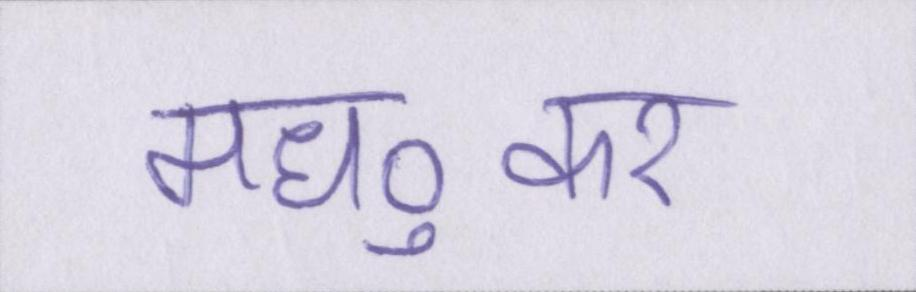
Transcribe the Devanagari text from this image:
मध्ुकर